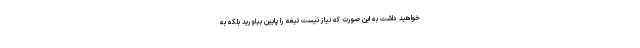
خواهید داشت به این صورت که نیاز نیست تیغه را پایین بیاورید بلکه به